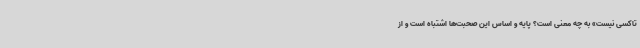
تاکسی نیست» به چه معنی است؟ پایه و اساس این صحبت‌ها اشتباه است و از